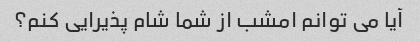
آیا می توانم امشب از شما شام پذیرایی کنم؟